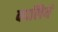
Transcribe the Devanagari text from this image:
कालियं